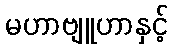
မဟာဗျူဟာနှင့်